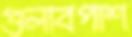
গুলাবপাশ